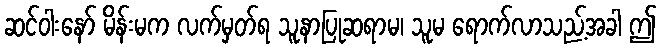
ဆင်ဝါးနော် မိန်းမက လက်မှတ်ရ သူနာပြုဆရာမ၊ သူမ ရောက်လာသည့်အခါ ဤ